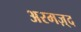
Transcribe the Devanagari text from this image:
अरमज़्द